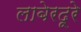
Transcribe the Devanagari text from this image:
लाबेरदूरे